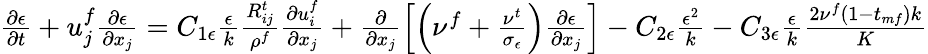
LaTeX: \begin{array}{r}{\frac{\partial\epsilon}{\partial t}+u_{j}^{f}\frac{\partial\epsilon}{\partial x_{j}}=C_{1\epsilon}\frac{\epsilon}{k}\frac{R_{ij}^{t}}{\rho^{f}}\frac{\partial u_{i}^{f}}{\partial x_{j}}+\frac{\partial}{\partial x_{j}}\left[\left(\nu^{f}+\frac{\nu^{t}}{\sigma_{\epsilon}}\right)\frac{\partial\epsilon}{\partial x_{j}}\right]-C_{2\epsilon}\frac{\epsilon^{2}}{k}-C_{3\epsilon}\frac{\epsilon}{k}\frac{2\nu^{f}(1-t_{mf})k}{K}}\end{array}